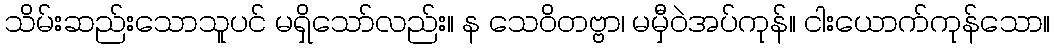
သိမ်းဆည်းသောသူပင် မရှိသော်လည်း။ န သေဝိတဗ္ဗာ၊ မမှီဝဲအပ်ကုန်။ ငါးယောက်ကုန်သော။